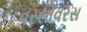
વરસોવરસ